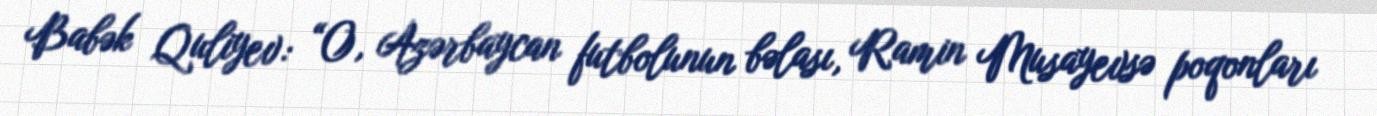
Babək Quliyev: “O, Azərbaycan futbolunun bəlası, Ramin Musayevsə poqonları